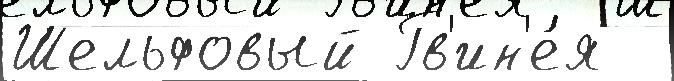
Шельфовый Гв'ин'е́я